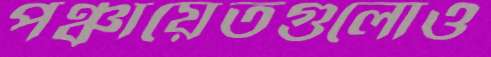
পঞ্চায়েতগুলোও